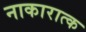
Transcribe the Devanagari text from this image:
नाकारात्क